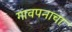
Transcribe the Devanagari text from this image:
गावपनाचा